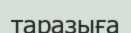
таразыға